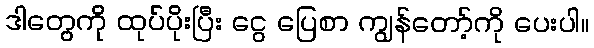
ဒါတွေကို ထုပ်ပိုးပြီး ငွေ ပြေစာ ကျွန်တော့်ကို ပေးပါ။